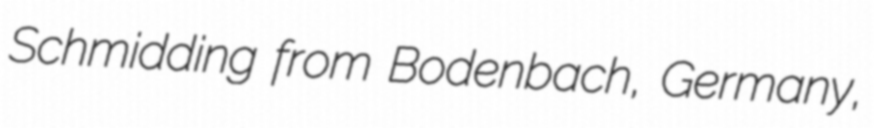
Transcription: Schmidding from Bodenbach, Germany,